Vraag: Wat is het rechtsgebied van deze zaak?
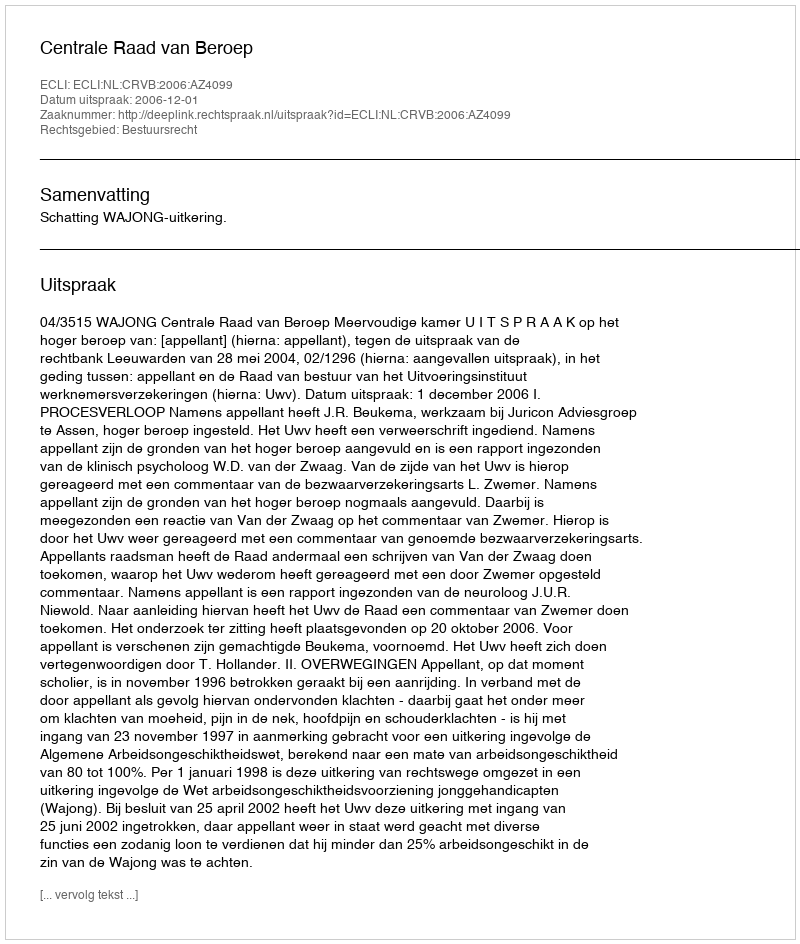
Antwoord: Bestuursrecht